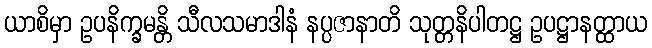
ယာစိမှာ ဥပနိက္ခမန္တိ သီလသမာဒါနံ နပ္ပဇာနာတိ သုတ္တနိပါတဋ္ဌ ဥပဋ္ဌာနတ္ထာယ